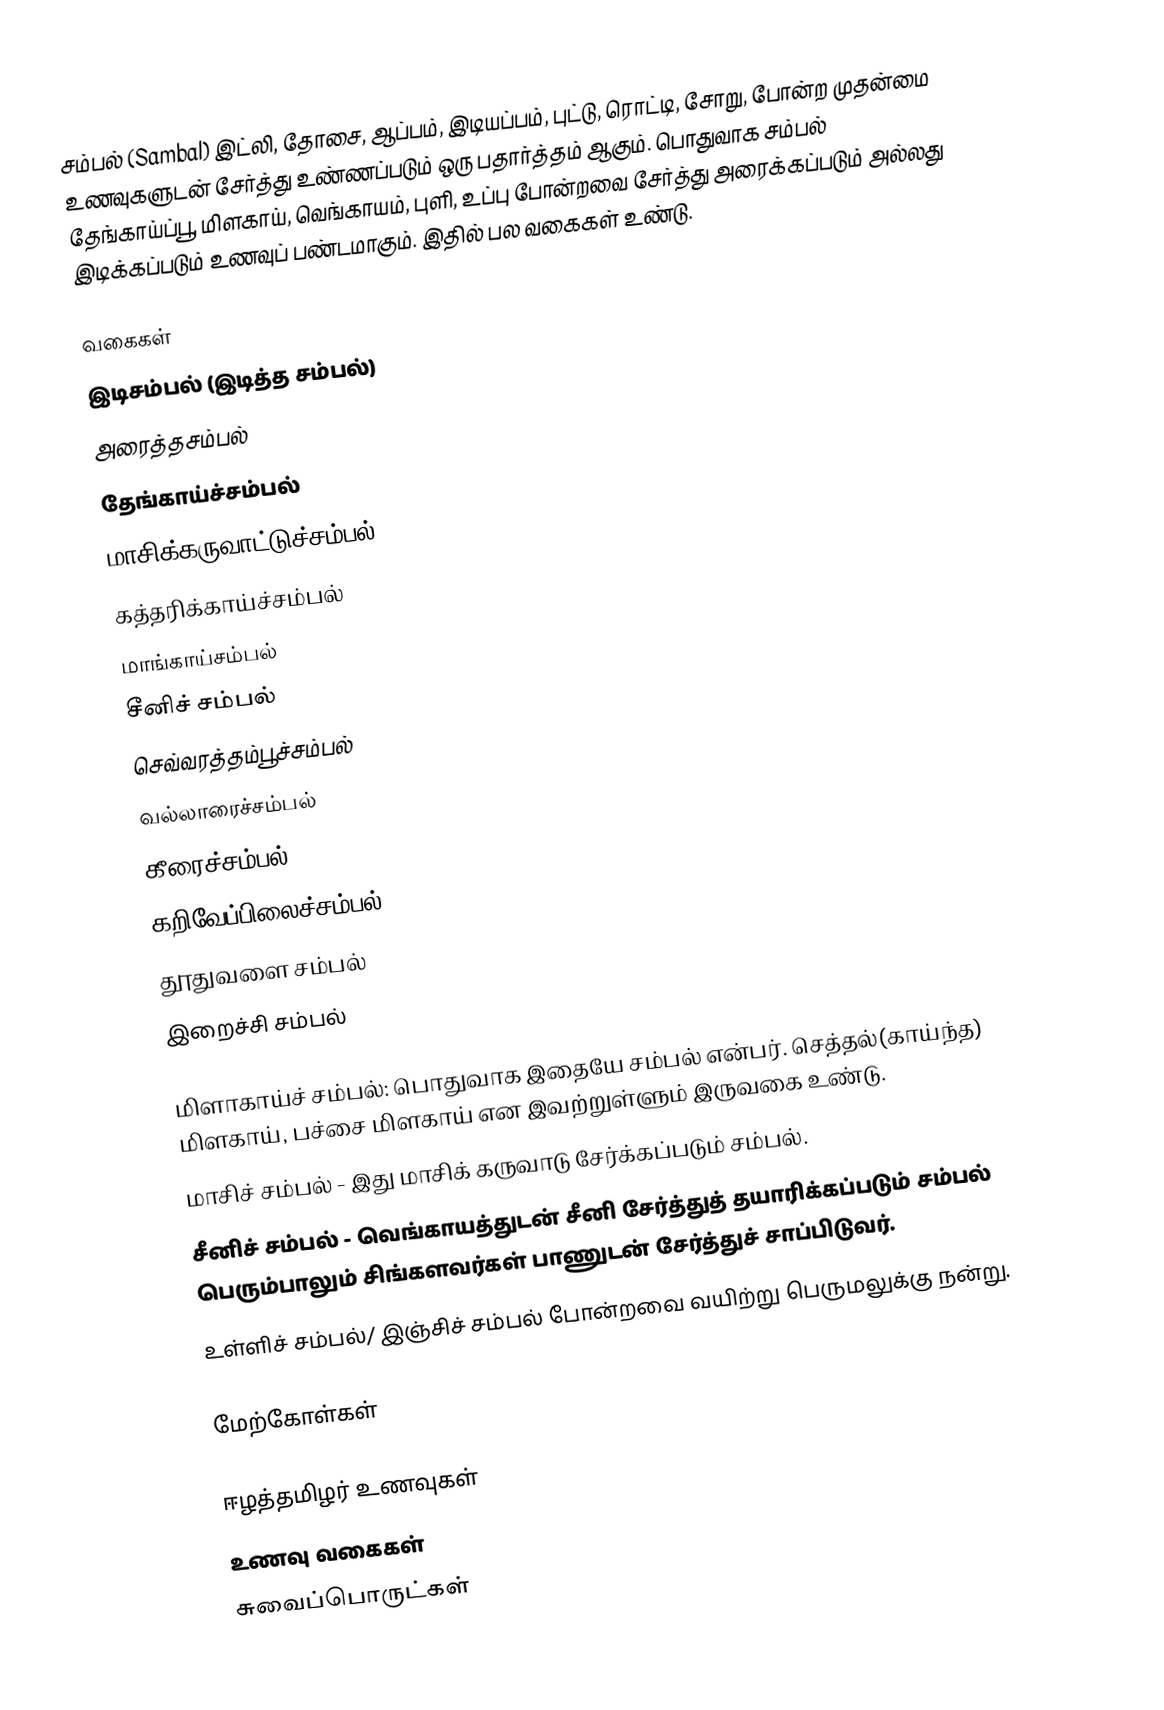
சம்பல் (Sambal) இட்லி, தோசை, ஆப்பம், இடியப்பம், புட்டு, ரொட்டி, சோறு, போன்ற முதன்மை உணவுகளுடன் சேர்த்து உண்ணப்படும் ஒரு பதார்த்தம் ஆகும். பொதுவாக சம்பல் தேங்காய்ப்பூ, மிளகாய், வெங்காயம், புளி, உப்பு போன்றவை சேர்த்து அரைக்கப்படும் அல்லது இடிக்கப்படும் உணவுப் பண்டமாகும். இதில் பல வகைகள் உண்டு.

வகைகள்
 இடிசம்பல் (இடித்த சம்பல்)
 அரைத்தசம்பல்
 தேங்காய்ச்சம்பல்
 மாசிக்கருவாட்டுச்சம்பல்
 கத்தரிக்காய்ச்சம்பல்
 மாங்காய்சம்பல்
 சீனிச் சம்பல்
 செவ்வரத்தம்பூச்சம்பல்
 வல்லாரைச்சம்பல்
 கீரைச்சம்பல்
 கறிவேப்பிலைச்சம்பல்
 தூதுவளை சம்பல்
 இறைச்சி சம்பல்

 மிளாகாய்ச் சம்பல்: பொதுவாக இதையே சம்பல் என்பர். செத்தல்(காய்ந்த) மிளகாய், பச்சை மிளகாய் என இவற்றுள்ளும் இருவகை உண்டு.
 மாசிச் சம்பல் - இது மாசிக் கருவாடு சேர்க்கப்படும் சம்பல்.
 சீனிச் சம்பல் - வெங்காயத்துடன் சீனி சேர்த்துத் தயாரிக்கப்படும் சம்பல் பெரும்பாலும் சிங்களவர்கள் பாணுடன் சேர்த்துச் சாப்பிடுவர்.
 உள்ளிச் சம்பல்/ இஞ்சிச் சம்பல் போன்றவை வயிற்று பெருமலுக்கு நன்று.

மேற்கோள்கள்

ஈழத்தமிழர் உணவுகள்
உணவு வகைகள்
சுவைப்பொருட்கள்